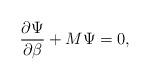
LaTeX: \begin{align*}\frac{\partial \Psi}{\partial \beta} + M\Psi= 0,\end{align*}